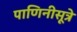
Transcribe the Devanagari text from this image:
पाणिनीसूत्रे